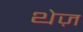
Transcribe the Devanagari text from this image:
थेज़